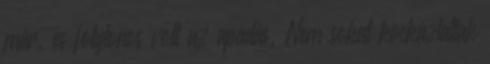
már, és folytonos volt az apadás. Nem sokat kockáztattak